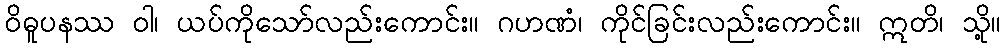
ဝိဓူပနဿ ဝါ၊ ယပ်ကိုသော်လည်းကောင်း။ ဂဟဏံ၊ ကိုင်ခြင်းလည်းကောင်း။ ဣတိ၊ သို့။